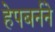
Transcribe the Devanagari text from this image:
हेपबर्नने